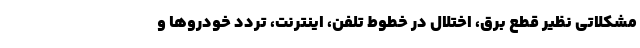
مشکلاتی نظیر قطع برق، اختلال در خطوط تلفن، اینترنت، تردد خودروها و